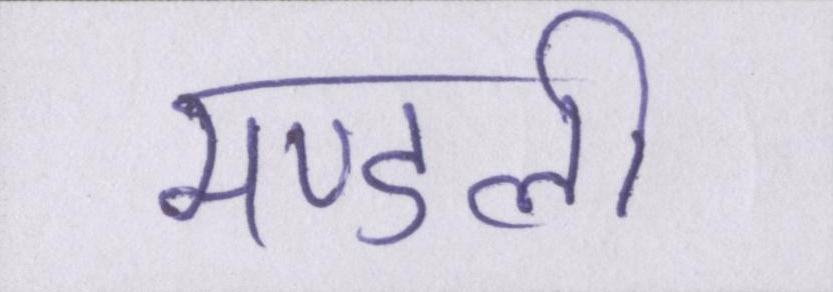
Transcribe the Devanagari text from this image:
मण्डली